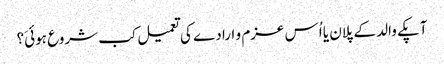
آپکے والد کے پلان یا اُس عزم و ارادے کی تعمیل کب شروع ہوئیَ؟